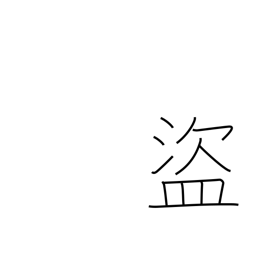
Meaning: thief